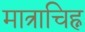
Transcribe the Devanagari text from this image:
मात्राचिह्न